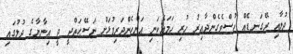
ދުލާއި ރޭގަނޑެއް ހުސްވެގެންދާއިރު ހުރި ހަމައެކަނި އަންހެންދަރިފުޅަށް ނަސޭޙަތްދީ ދީ އިނާޔާގެ ދުލުގައި